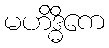
မဟိဒ္ဓိကေ